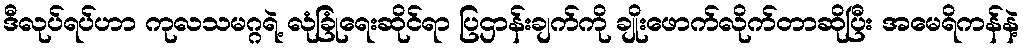
ဒီလုပ်ရပ်ဟာ ကုလသမဂ္ဂရဲ့ လုံခြုံရေးဆိုင်ရာ ပြဌာန်းချက်ကို ချိုးဖောက်လိုက်တာဆိုပြီး အမေရိကန်နဲ့